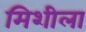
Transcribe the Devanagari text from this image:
मिशीला